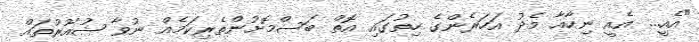
"އެއީ... އެއީ ނިހާއާ މެދު އަހަރެންގެ ހިތުގައި އޮތް ބަސްމޮށުންތެރިކަމެއް ނުވާ ޝުއޫރުތައް